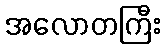
အလောတကြီး